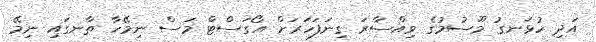
އަދި ހުޅަނގު މޫސުމުގެ ވިއްސާރަ ގިނަފަހަރަށް އޯގަސްޓް މަސް ނިމޭހާ ތާނގައި ނިމޭ